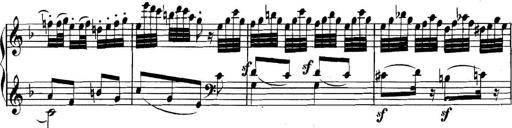
Title: Collected Piano Sonatas
Composer: Muzio Clementi